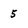
Character: 5